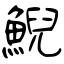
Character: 鯢